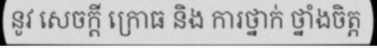
នូវ សេចក្តី ក្រោធ និង ការថ្នាក់ ថ្នាំងចិត្ត